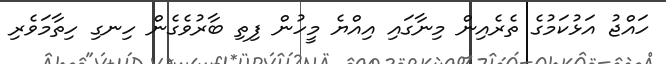
ހައްޖު އަޅުކަމުގެ ތެރެއިން މިނާގައި އިއްޔެ މީހުން ފިތި ބާރުވެގެން ހިނގި ހިތާމަވެރި